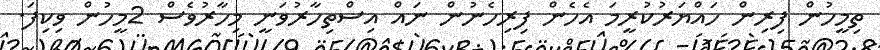
ތިމީހުން ފިރިން ހައްޔަރުކުރީމަ އެހެން ފިރިހެނުން ނައް އިސްތިހާރުވަނީ މިހާރުވެސް 2މީހުން ވިކިފަ.